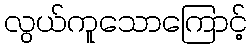
လွယ်ကူသောကြောင့်